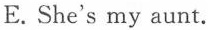
E. She's my aunt.